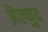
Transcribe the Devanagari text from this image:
प्रेल्युद